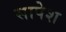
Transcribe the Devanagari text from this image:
सापेश